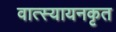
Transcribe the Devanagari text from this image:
वात्स्यायनकृत